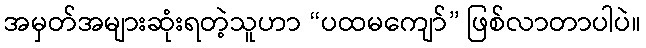
အမှတ်အများဆုံးရတဲ့သူဟာ “ပထမကျော်” ဖြစ်လာတာပါပဲ။